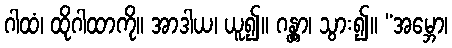
ဂါထံ၊ ထိုဂါထာကို။ အာဒါယ၊ ယူ၍။ ဂန္တွာ၊ သွား၍။ “အမ္ဘော၊